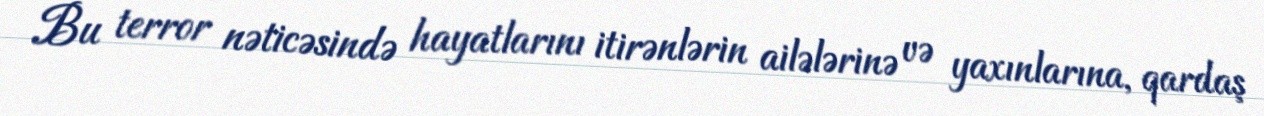
Bu terror nəticəsində hayatlarını itirənlərin ailələrinə və yaxınlarına, qardaş